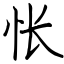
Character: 怅